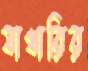
যাখারির